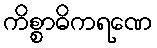
ကိစ္စာဓိကရဏေ